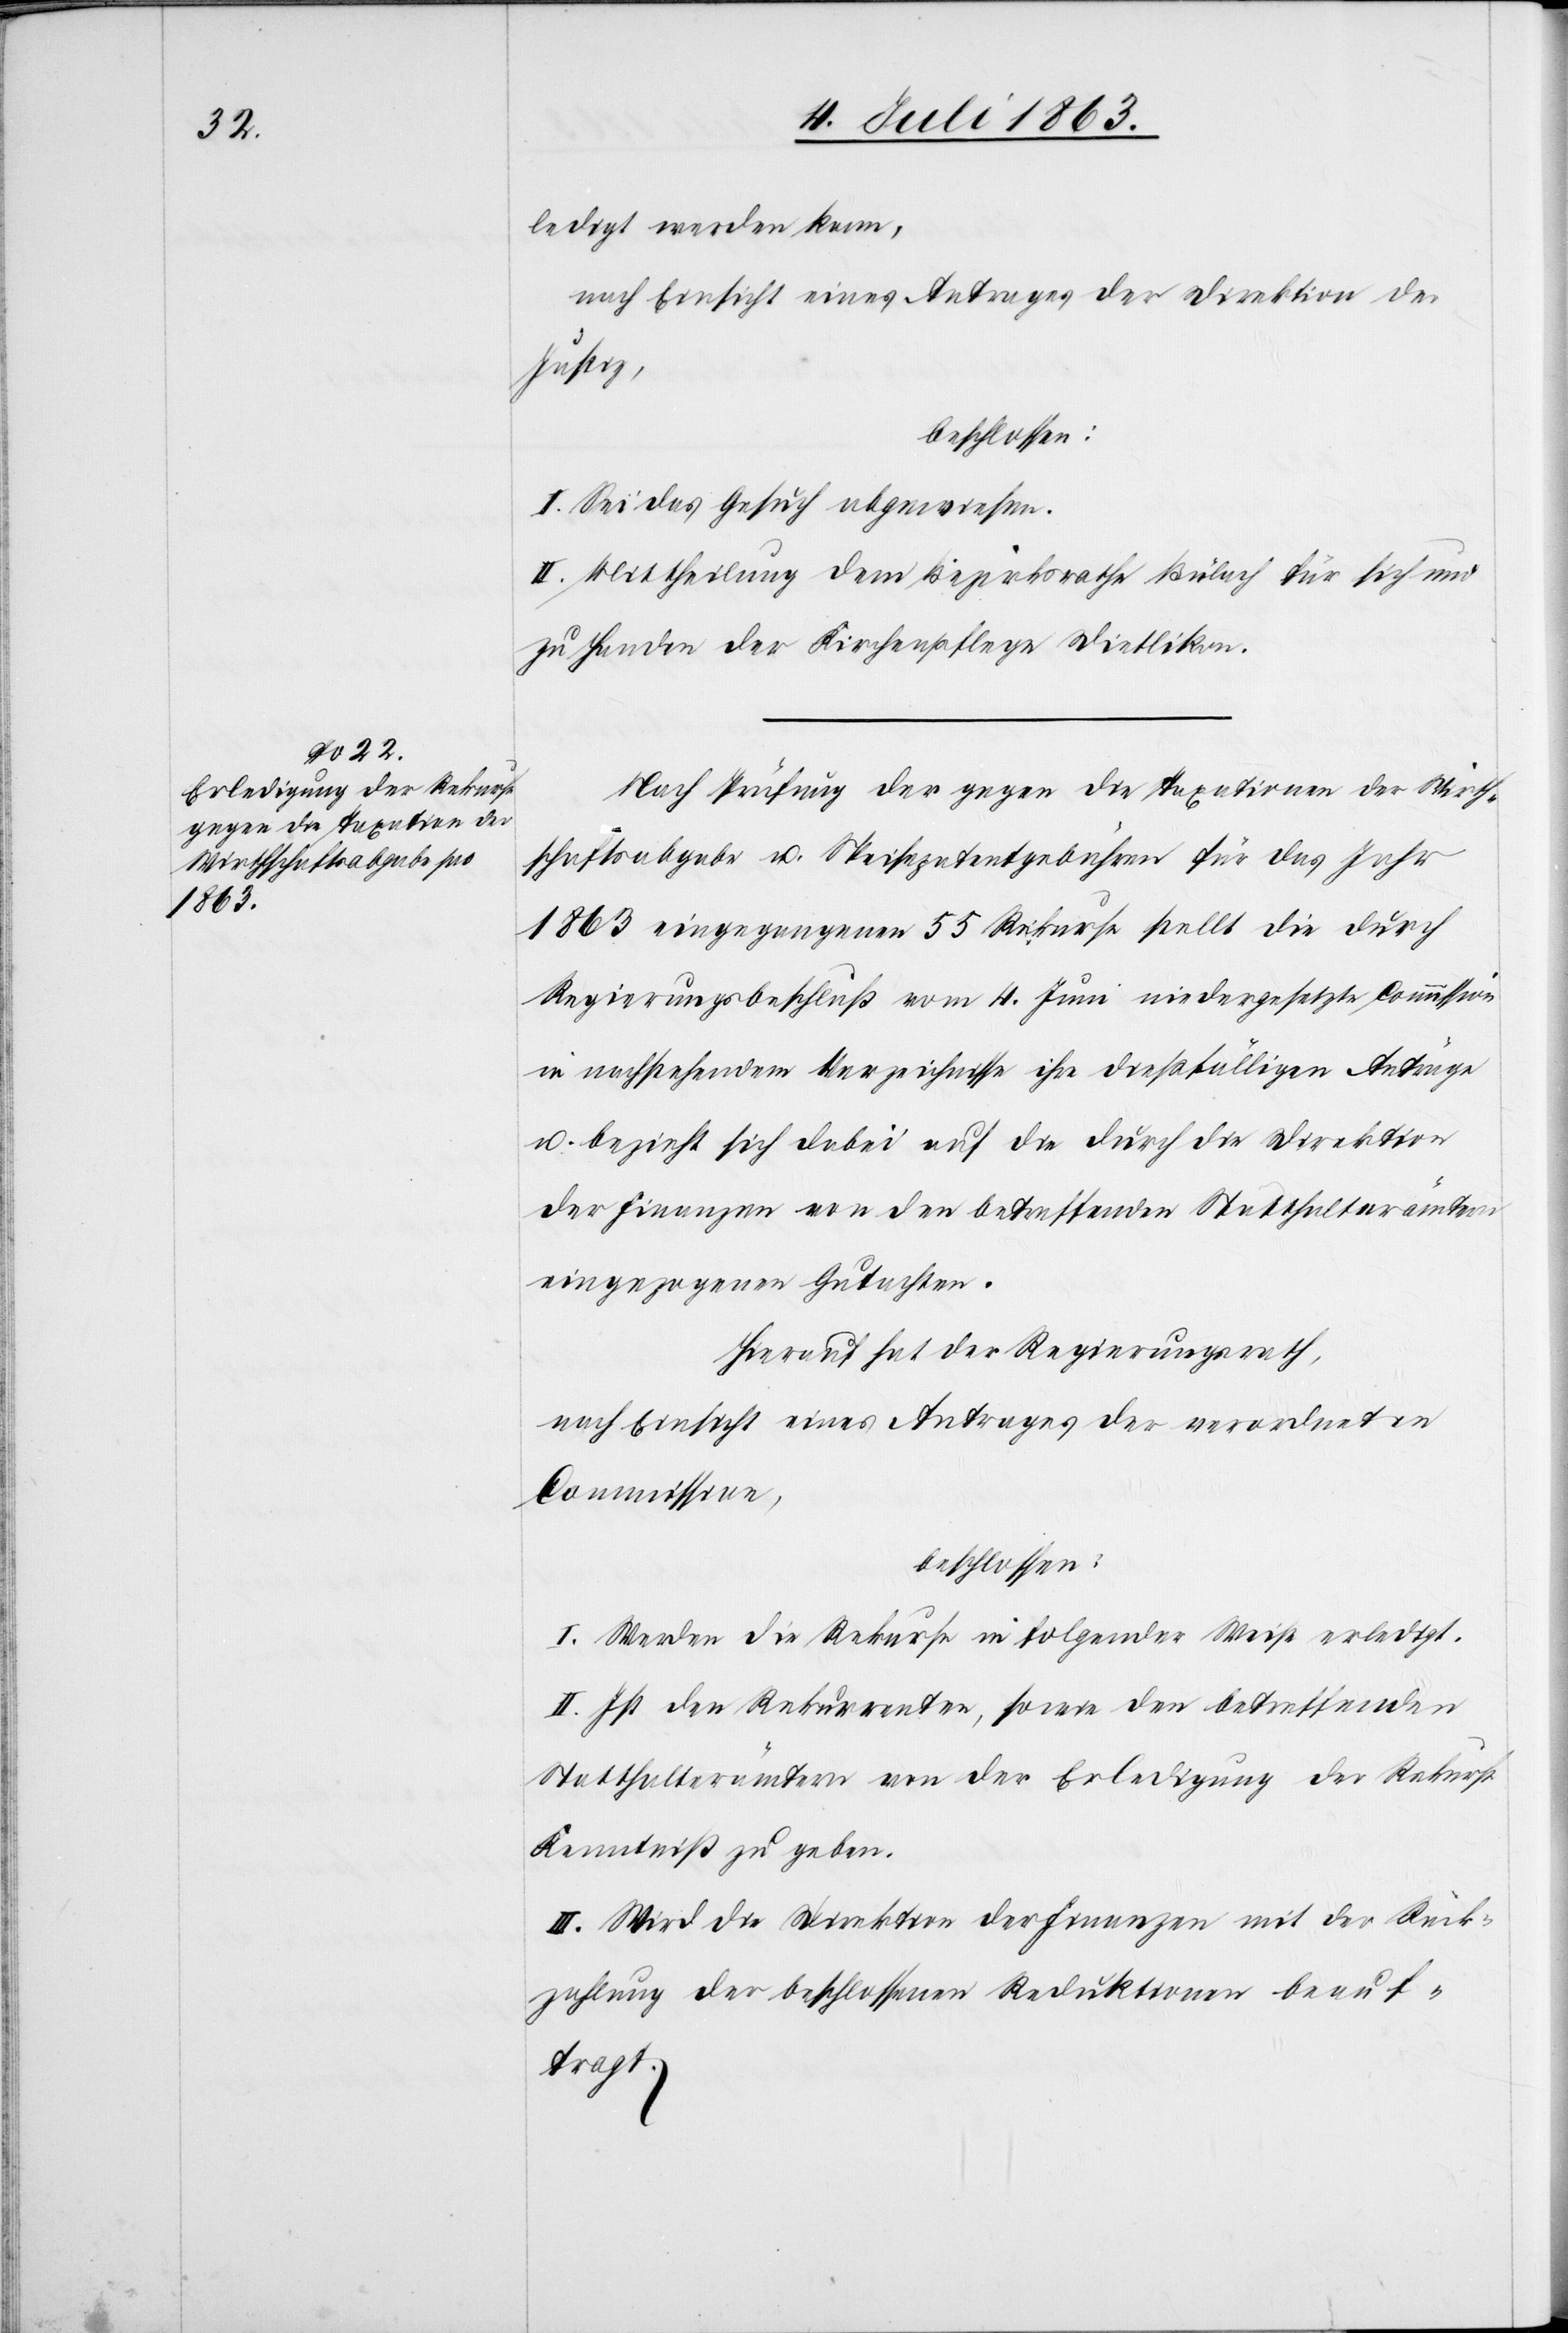
ledigt werden kann,
nach Einsicht eines Antrages der Direktion der
Justiz,
beschlossen:
I. Sei das Gesuch abgewiesen.
II. Mittheilung dem Bezirksrathe Bülach für sich und
zu Handen der Kirchenpflege Dietlikon.
Nach Prüfung der gegen die Taxationen der Wirth¬
schaftsabgabe u. Speisepatentgebühren für das Jahr
1863 eingegangenen 55 Rekurse stellt die durch
Regierungsbeschluß vom 4. Juni niedergesetzte Commission
in nachstehendem Verzeichnisse ihre dießfälligen Anträge
u. bezieht sich dabei auf die durch die Direktion
der Finanzen von den betreffenden Statthalterämtern
eingezogenen Gutachten.
Hierauf hat der Regierungsrath,
nach Einsicht eines Antrages der verordneten
Kommission,
beschlossen:
I. Werden die Rekurse in folgender Weise erledigt.
II. Ist den Rekurrenten, sowie den betreffenden
Statthalterämtern von der Erledigung der Rekurse
Kenntniß zu geben.
III. Wird die Direktion der Finanzen mit der Rück¬
zahlung der beschlossenen Reduktionen beauf¬
tragt.